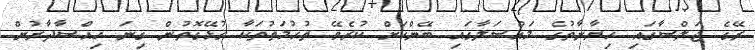
ރޭގެ ޖަލްސާގައި ހިޔާނާތުގެ މައްސަލާގައި ބޭންކަށް ކުރެވޭ ތުހުމަތުތަކާ ގުޅޭގޮތުން ގިނަ ހިއްސާދާރުން